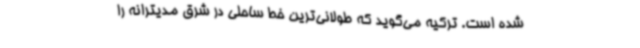
شده است. ترکیه می‌گوید که طولانی‌ترین خط ساحلی در شرق مدیترانه را